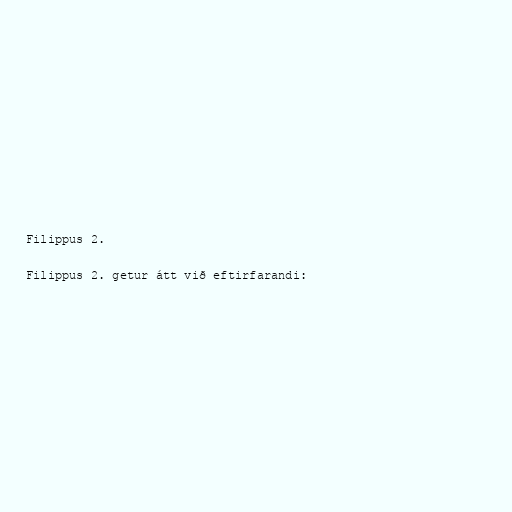
Filippus 2.

Filippus 2. getur átt við eftirfarandi: